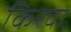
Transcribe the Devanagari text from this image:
किरवा